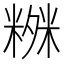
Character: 𥻒